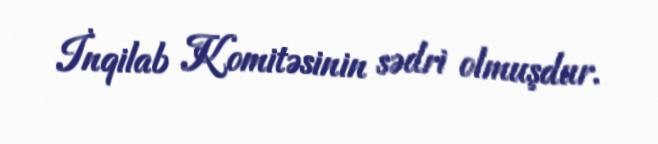
İnqilab Komitəsinin sədri olmuşdur.